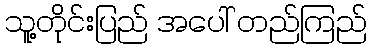
သူ့တိုင်းပြည် အပေါ် တည်ကြည်